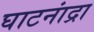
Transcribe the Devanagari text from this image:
घाटनांद्रा